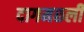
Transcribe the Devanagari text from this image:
दागमछली